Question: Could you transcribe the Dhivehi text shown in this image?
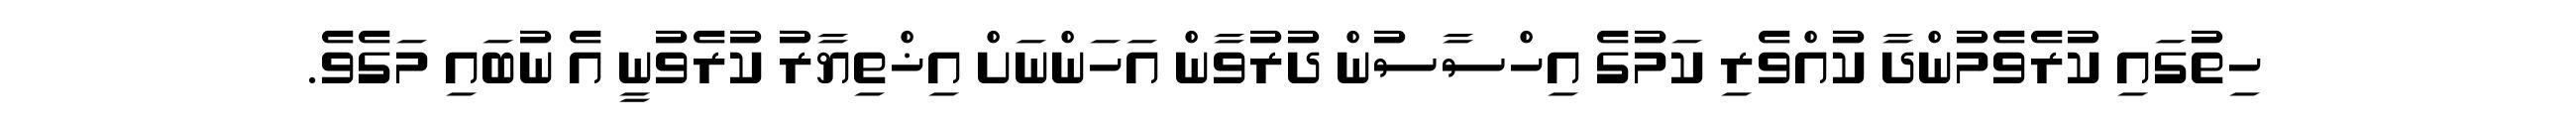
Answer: ހިތުގައި ކުރެވެމުންދާ ކުއްވެރި ކަމުގެ އިހްސާސުން ދުރުވާން އަހަންނަށް އިޚްތިޔާރު ކުރެވުނީ އެ ނުބައި މަގެވެ.